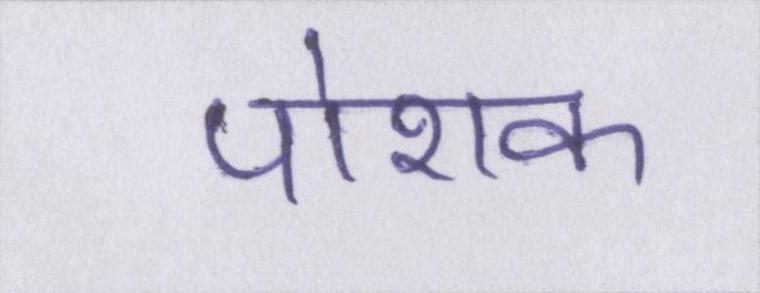
पोशक